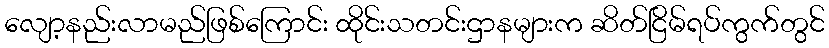
လျော့နည်းလာမည်ဖြစ်ကြောင်း ထိုင်းသတင်းဌာနများက ဆိတ်ငြိမ်ရပ်ကွက်တွင်